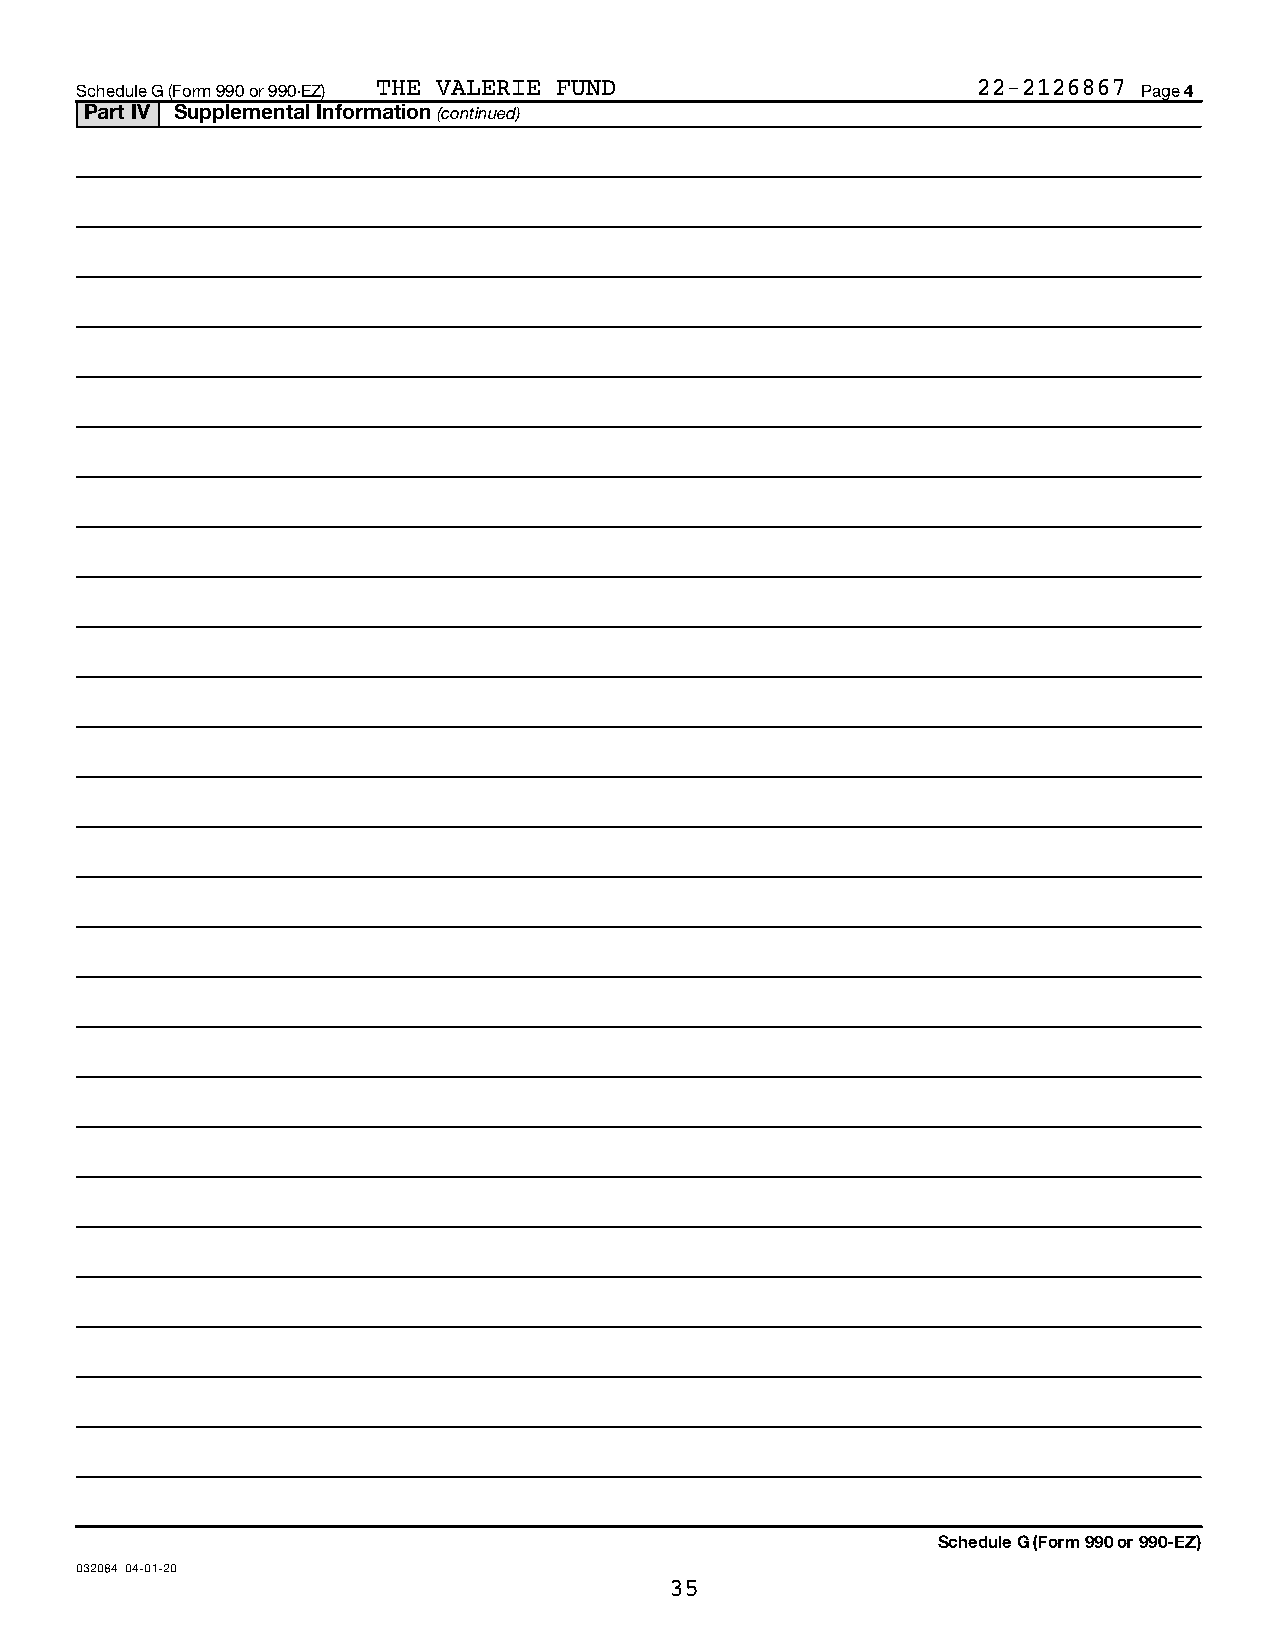
Schedule G (Form 990 or 990-EZ) THE VALERIE FUND            22-2126867 Page 4
 Part IV Supplemental Information (continued)
 Schedule G (Form 990 or 990-EZ)
 032084 04-01-20
 35